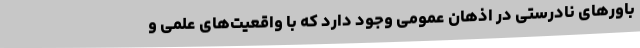
باور‌های نادرستی در اذهان عمومی وجود دارد که با واقعیت‌های علمی و